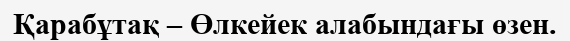
Қарабұтақ – Өлкейек алабындағы өзен.